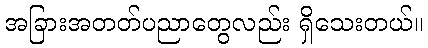
အခြားအတတ်ပညာတွေလည်း ရှိသေးတယ်။